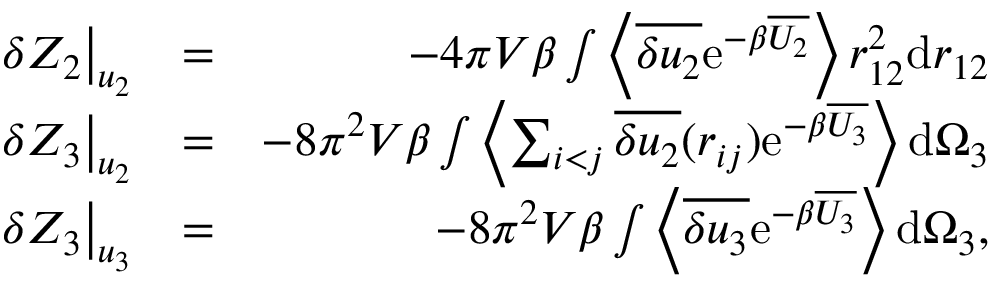
\begin{array} { r l r } { \left. \delta Z _ { 2 } \right| _ { u _ { 2 } } } & { = } & { - 4 \pi V \beta \int \left\langle \overline { { \delta u _ { 2 } } } \mathrm { e } ^ { - \beta \overline { { U _ { 2 } } } } \right\rangle r _ { 1 2 } ^ { 2 } \mathrm { d } r _ { 1 2 } } \\ { \left. \delta Z _ { 3 } \right| _ { u _ { 2 } } } & { = } & { - 8 \pi ^ { 2 } V \beta \int \left\langle \sum _ { i < j } \overline { { \delta u _ { 2 } } } ( r _ { i j } ) \mathrm { e } ^ { - \beta \overline { { U _ { 3 } } } } \right\rangle \mathrm { d } \Omega _ { 3 } } \\ { \left. \delta Z _ { 3 } \right| _ { u _ { 3 } } } & { = } & { - 8 \pi ^ { 2 } V \beta \int \left\langle \overline { { \delta u _ { 3 } } } \mathrm { e } ^ { - \beta \overline { { U _ { 3 } } } } \right\rangle \mathrm { d } \Omega _ { 3 } , } \end{array}